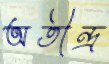
অতীন্দ্র